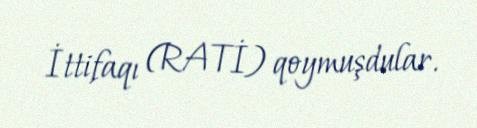
İttifaqı (RATİ) qoymuşdular.